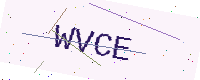
Text: WVCE